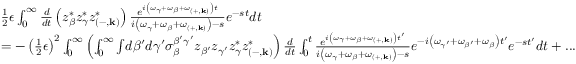
\begin{array} { r l } & { \frac { 1 } { 2 } \epsilon \int _ { 0 } ^ { \infty } \frac { d } { d t } \left( z _ { \beta } ^ { * } z _ { \gamma } ^ { * } z _ { \left( - , \mathbf { k } \right) } ^ { * } \right) \frac { e ^ { i \left( \omega _ { \gamma } + \omega _ { \beta } + \omega _ { \left( + , \mathbf { k } \right) } \right) t } } { i \left( \omega _ { \gamma } + \omega _ { \beta } + \omega _ { \left( + , \mathbf { k } \right) } \right) - s } e ^ { - s t } d t } \\ & { = - \left( \frac { 1 } { 2 } \epsilon \right) ^ { 2 } \int _ { 0 } ^ { \infty } \left( \int _ { 0 } ^ { \infty } \int \! d \beta ^ { \prime } d \gamma ^ { \prime } \sigma _ { \beta } ^ { \beta ^ { \prime } \gamma ^ { \prime } } z _ { \beta ^ { \prime } } z _ { \gamma ^ { \prime } } z _ { \gamma } ^ { * } z _ { \left( - , \mathbf { k } \right) } ^ { * } \right) \frac { d } { d t } \int _ { 0 } ^ { t } \frac { e ^ { i \left( \omega _ { \gamma } + \omega _ { \beta } + \omega _ { \left( + , \mathbf { k } \right) } \right) t ^ { \prime } } } { i \left( \omega _ { \gamma } + \omega _ { \beta } + \omega _ { \left( + , \mathbf { k } \right) } \right) - s } e ^ { - i \left( \omega _ { \gamma ^ { \prime } } + \omega _ { \beta ^ { \prime } } + \omega _ { \beta } \right) t ^ { \prime } } e ^ { - s t ^ { \prime } } d t + . . . } \end{array}